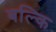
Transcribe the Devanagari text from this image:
बल्कि